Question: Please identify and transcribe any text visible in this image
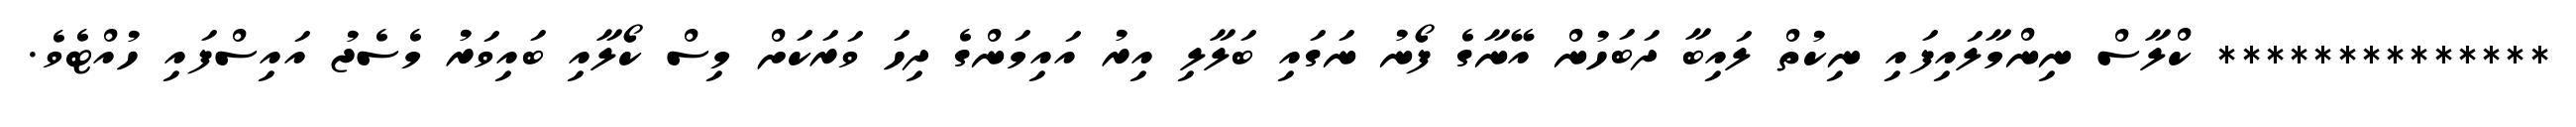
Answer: ************** ކްލާސް ނިންމާލައިފައި ނިކުތް ލައިބާ ދަބަހުން އޭނާގެ ފޯނު ނަގައި ބަލާލި އިރު އައިމަންގެ ދިހަ ވަރަކަށް މިސް ކޯލާއި ބައިވަރު މެސެޖު އައިސްފައި ހުއްޓެވެ.